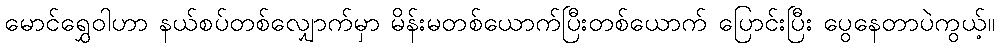
မောင်ရွှေဝါဟာ နယ်စပ်တစ်လျှောက်မှာ မိန်းမတစ်ယောက်ပြီးတစ်ယောက် ပြောင်းပြီး ပွေနေတာပဲကွယ့်။